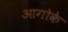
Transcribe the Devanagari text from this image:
आगोके